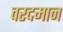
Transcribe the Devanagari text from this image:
वरदमान